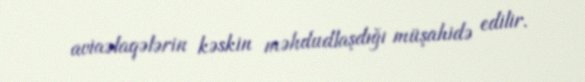
aviaəlaqələrin kəskin məhdudlaşdığı müşahidə edilir.